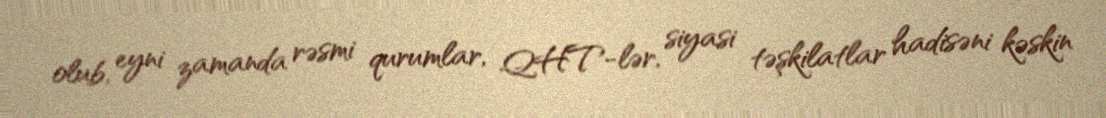
olub, eyni zamanda rəsmi qurumlar, QHT-lər, siyasi təşkilatlar hadisəni kəskin